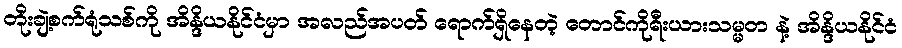
တိုးချဲ့စက်ရုံသစ်ကို အိန္ဒိယနိုင်ငံမှာ အလည်အပတ် ရောက်ရှိနေတဲ့ တောင်ကိုရီးယားသမ္မတ နဲ့ အိန္ဒိယနိုင်ငံ